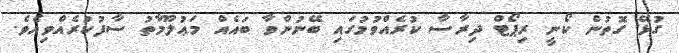
ގުޅޭ ގޮތުން ކޯނީ ރިޕޯޓް ދިރާސާ ކުރެއްވުމުގައި ބޭނުންވާ ބައެއް މަޢުލޫމާތު ސާފުކުރެއްވިއެވެ.